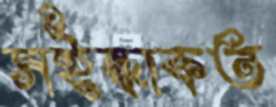
সইন্ধাকত